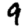
Digit: 9